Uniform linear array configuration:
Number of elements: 12
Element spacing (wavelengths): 0.75
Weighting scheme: hann
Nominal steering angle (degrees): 30
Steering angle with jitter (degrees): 30.826
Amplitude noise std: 0.05
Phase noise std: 0.05

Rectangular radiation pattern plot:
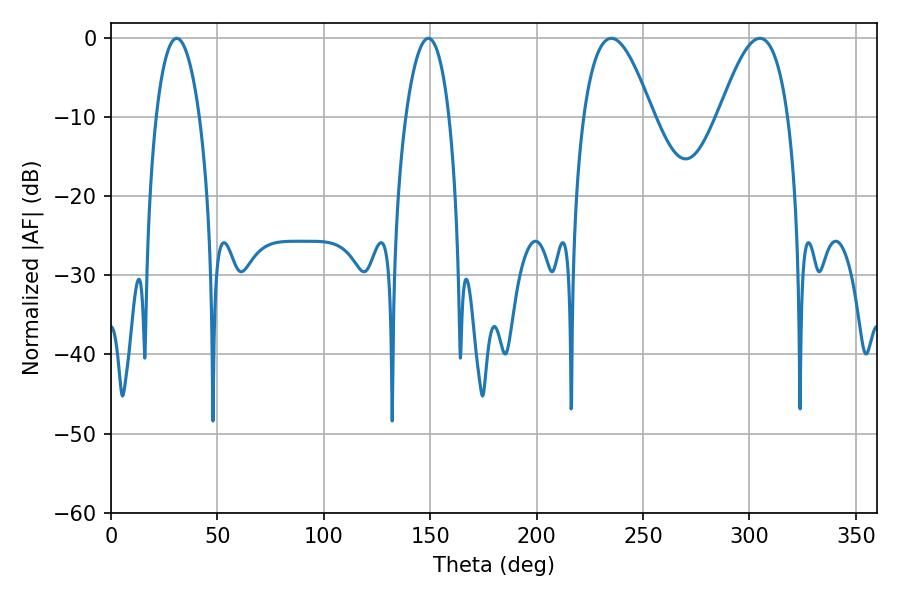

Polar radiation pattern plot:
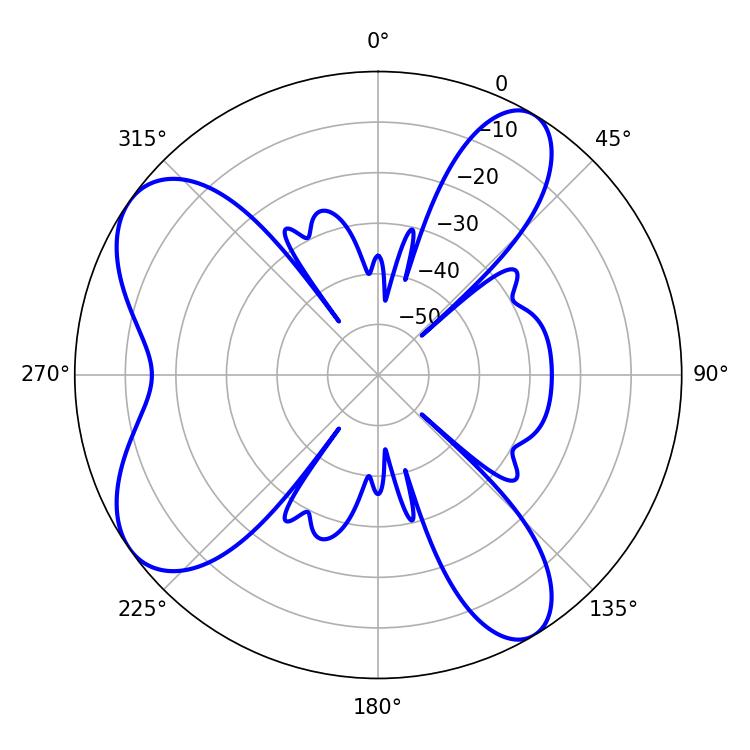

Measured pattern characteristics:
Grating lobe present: TRUE
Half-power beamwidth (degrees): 17.64
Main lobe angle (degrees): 235.08